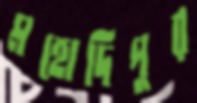
মহোদিপুর